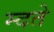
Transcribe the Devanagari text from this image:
म्दते